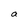
Character: a